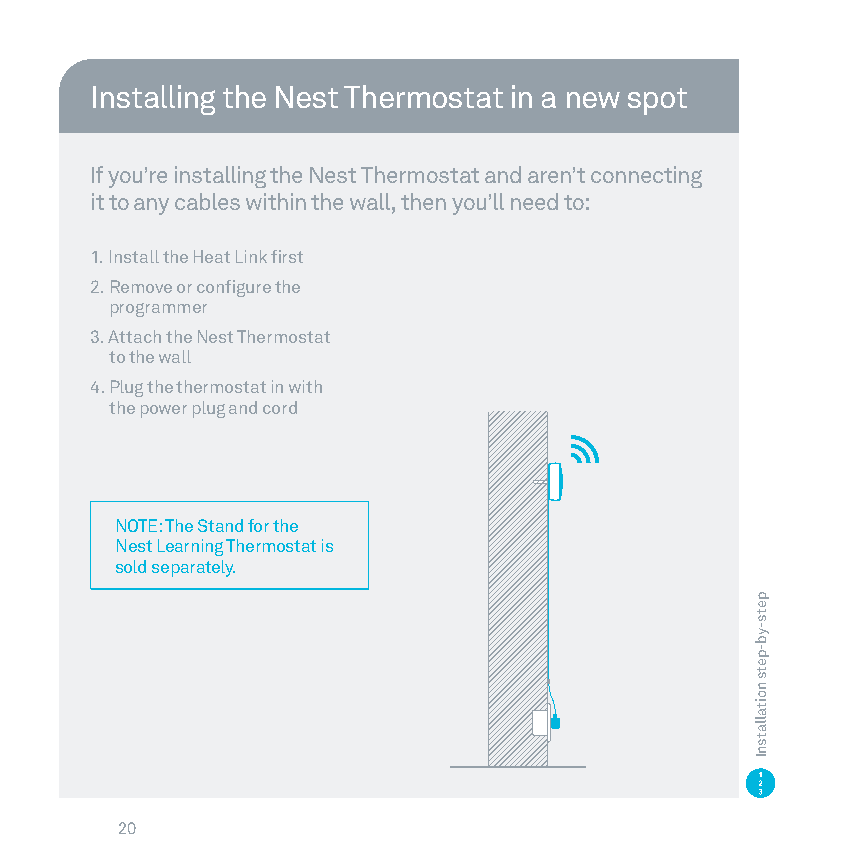
Installing the Nest Thermostat in a new spot
 If you’re installing the Nest Thermostat and aren’t connecting
 it to any cables within the wall, then you’ll need to:
 1. Install the Heat Link first
 2. Remove or configure the
 programmer
 3. Attach the Nest Thermostat
 to the wall
 4 Plug the thermostat in with
 the power plug and cord
 NOTE: The Stand for the
 Nest Learning Thermostat is
 sold separately
 20
 pets-yb-pets
 noitallatsnI